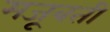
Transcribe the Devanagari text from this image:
मजूबती